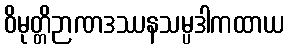
ဝိမုတ္တိဉာဏဒဿနသမ္ပဒါကထာယ